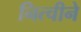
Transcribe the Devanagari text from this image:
नित्चीने